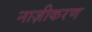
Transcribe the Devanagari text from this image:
नाज़ीकरण